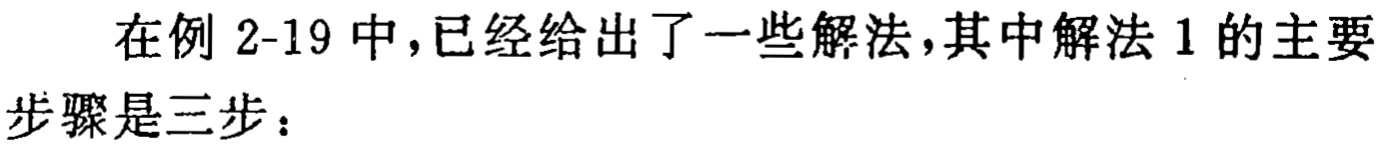
在例 2-19 中，已经给出了一些解法，其中解法 1 的主要步骤是三步：